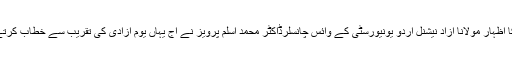
ان خیالات کا اظہار مولانا آزاد نیشنل اردو یونیورسٹی کے وائس چانسلرڈاکٹر محمد اسلم پرویز نے آج یہاں یوم آزادی کی تقریب سے خطاب کرتے ہوئے کیا۔